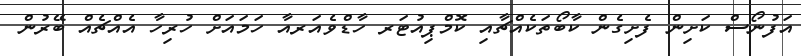
އަފުނޯސް ކަށިން ފެށިގެން ކާބޯތަކެއްޗާއި ކޮމްޕިއުޓަރ ހާޑްވެއަރއާ ހަމައަށް ހުރިހާ އެއްޗެއް ބޭރުން